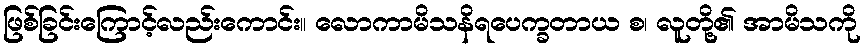
ဖြစ်ခြင်းကြောင့်လည်းကောင်း။ လောကာမိသနိရပေက္ခတာယ စ၊ လူတို့၏ အာမိသကို